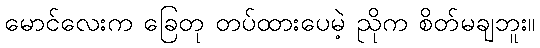
မောင်လေးက ခြေတု တပ်ထားပေမဲ့ ညိုက စိတ်မချဘူး။